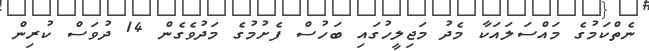
ނެތްކަމުގެ މައްސަލައަކާ މެދު މަޖިލީހުގައި ބަހުސް ފެށުމުގެ މަދުވެގެން 14 ދުވަސް ކުރިން